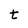
Character: t